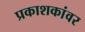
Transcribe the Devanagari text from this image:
प्रकाशकांवर